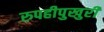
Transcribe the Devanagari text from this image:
रुपहीपुखुरी